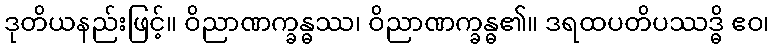
ဒုတိယနည်းဖြင့်။ ဝိညာဏက္ခန္ဓဿ၊ ဝိညာဏက္ခန္ဓ၏။ ဒရထပတိပဿဒ္ဓိ ဧဝ၊